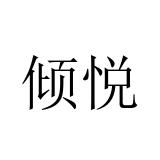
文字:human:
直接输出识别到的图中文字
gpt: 倾悦